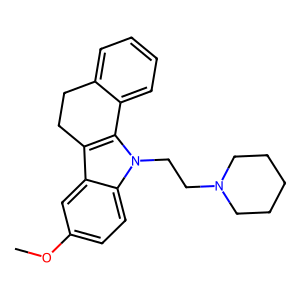
SMILES: COc1ccc2c(c1)c1c(n2CCN2CCCCC2)-c2ccccc2CC1
Inhibits HIV replication: No